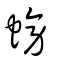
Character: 螃